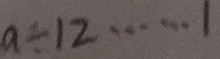
a \div 1 2 \cdots 1